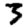
Digit: 3